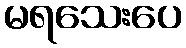
မရသေးပေ